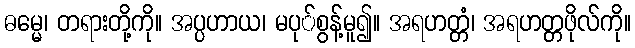
ဓမ္မေ၊ တရားတို့ကို။ အပ္ပဟာယ၊ မပု်စွန့်မူ၍။ အရဟတ္တံ၊ အရဟတ္တဖိုလ်ကို။